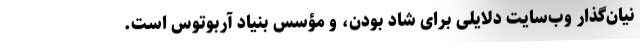
نیان‌گذار وب‌سایت دلایلی برای شاد بودن، و مؤسس بنیاد آربوتوس است.